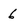
Character: 6